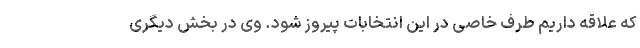
که علاقه داریم طرف خاصی در این انتخابات پیروز شود. وی در بخش دیگری